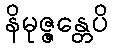
နိမုဇ္ဇန္တေပိ